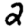
Digit: 2